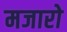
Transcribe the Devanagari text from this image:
मजारो